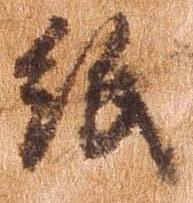
紙